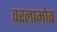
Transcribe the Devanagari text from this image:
वरलामोव